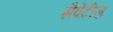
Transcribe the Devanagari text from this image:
सैवेंटीज़